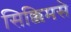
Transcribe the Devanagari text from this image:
सिक्किमसे